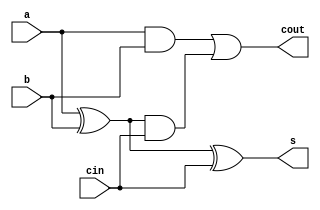
`timescale 1ns/1ns

module full_adder(a, b, cin, s, cout);
 input a, b, cin;
 output s, cout;

 assign s = a ^ b ^ cin;
 assign cout = ( a & b ) | ( ( a ^ b ) & cin );

endmodule

module delay1(i,clk,o);
 input i;
 input clk;
 output reg o;

 
 always@(posedge clk)begin
  o <= i;
 end

endmodule

module delay2(i,clk,o);
 input i;
 input clk;
 output reg o;

 reg r_data;

 always@(posedge clk)begin
  r_data    <= i;
  o         <= r_data;
 end

endmodule


module delay3(i,clk,o);
 input i;
 input clk;
 output reg o;

 reg r_data[0:1];

 always@(posedge clk)begin
  r_data[0] <= i;
  r_data[1] <= r_data[0];
  o         <= r_data[1];
 end

endmodule

module delay4(i,clk,o); //??
 input i;
 input clk;
 output reg o;

 reg r_data[0:2];

 always@(posedge clk)begin
  r_data[0] <= i;
  r_data[1] <= r_data[0];
  r_data[2] <= r_data[1];
  o         <= r_data[2];
 end

endmodule


module pprca_4bit(A,B,Cin,clk,S,Cout);

 input [3:0]A,B;
 input Cin;
 input clk;
 output [3:0]S;
 output Cout;

 wire [3:0]a, b;
 wire [2:0]s;
 wire [6:0]c;

 delay1 dl0(A[0],clk,a[0]);
 delay1 dl1(B[0],clk,b[0]);
 delay2 dl2(A[1],clk,a[1]);
 delay2 dl3(B[1],clk,b[1]);
 delay3 dl4(A[2],clk,a[2]);
 delay3 dl5(B[2],clk,b[2]);
 delay4 dl6(A[3],clk,a[3]);
 delay4 dl7(B[3],clk,b[3]);

 delay1 dl8(Cin,clk,c[0]);
 full_adder fa0(a[0],b[0],c[0],s[0],c[1]);
 delay1 dl9(c[1],clk,c[2]);
 full_adder fa1(a[1],b[1],c[2],s[1],c[3]);
 delay1 dl10(c[3],clk,c[4]);
 full_adder fa2(a[2],b[2],c[4],s[2],c[5]);
 delay1 dl11(c[5],clk,c[6]);
 full_adder fa3(a[3],b[3],c[6],S[3],Cout);

 delay1 dl14(s[2],clk,S[2]);
 delay2 dl13(s[1],clk,S[1]);
 delay3 dl12(s[0],clk,S[0]);

 endmodule


module tb_newpprca();
 reg clk=1'b0;
 reg [3:0]A, B;
 reg Cin;
 
 wire [3:0]S;
 wire Cout;

 pprca_4bit pprca0(A,B,Cin,clk,S,Cout);
 
 always #5 clk=~clk;
 
 initial begin
 A=4'b1100; B=4'b1101; Cin=0;
 #10
 A=4'b1000; B=4'b0001; Cin=0;
 #10
 A=4'b0100; B=4'b0111; Cin=0;
 #10
 A=4'b0010; B=4'b1101; Cin=1;
 #10
 A=4'b0101; B=4'b0101; Cin=1;
 #10
 A=4'b1101; B=4'b1000; Cin=0;

  end
endmodule